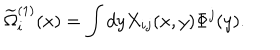
\widetilde { \Omega } _ { i } ^ { ( 1 ) } ( x ) = \int d y X _ { i j } ( x , y ) \Phi ^ { j } ( y ) .